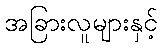
အခြားလူများနှင့်